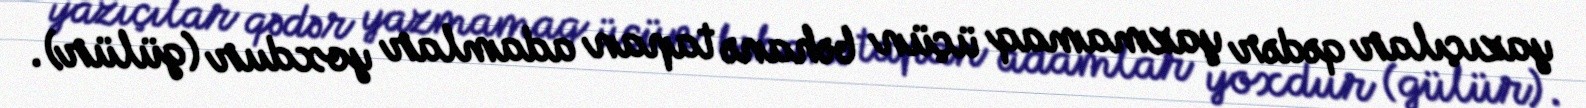
yazıçılar qədər yazmamaq üçün bəhanə tapan adamlar yoxdur (gülür).